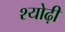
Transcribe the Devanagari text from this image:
श्योढ़ी